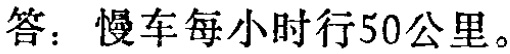
答：慢车每小时行50公里。